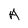
Character: A